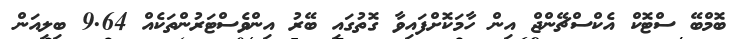
ބޮމްބޭ ސްޓޮކް އެކްސްޗޭންޖް އިން ހާމަކޮށްފައިވާ ގޮތުގައި ބޭރު އިންވެސްޓަރުންތަކެއް 9.64 ބިލިއަން